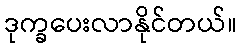
ဒုက္ခပေးလာနိုင်တယ်။